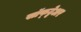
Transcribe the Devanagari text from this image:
सॉफ्ट्वेअर